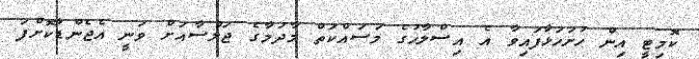
ކޮމިޓީ އިން ހުށަހަޅާފައިވާ އެ އިސްލާހުގެ މަސައްކަތް މާދަމާގެ ޖަލްސާއަށް ވަނީ އެޖެންޑާކޮށްފަ